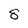
Character: 5